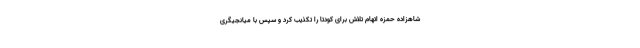
شاهزاده حمزه اتهام تلاش برای کودتا را تکذیب کرد و سپس با میانجیگری